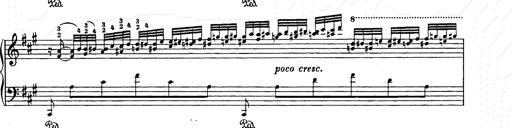
Title: Berceuse
Composer: Lucien Wurmser
Key: A major